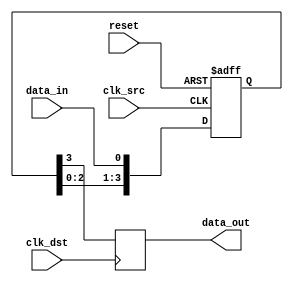
module synchronizer (
    input wire clk_src, // Source clock domain
    input wire clk_dst, // Destination clock domain
    input wire reset, // Reset signal
    input wire data_in, // Input signal to be synchronized
    
    output reg data_out // Synchronized output signal
);

reg [3:0] sync_reg;

always @(posedge clk_src or posedge reset) begin
    if (reset) begin
        sync_reg <= 4'b0000; // Reset all flip-flops
    end else begin
        // Synchronize input signal
        sync_reg <= {sync_reg[2:0], data_in};
    end
end

always @(posedge clk_dst) begin
    data_out <= sync_reg[3]; // Output synchronized data
end

endmodule